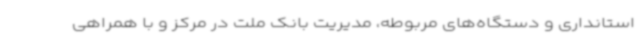
استانداری و دستگاه‌های مربوطه، مدیریت بانک ملت در مرکز و با همراهی